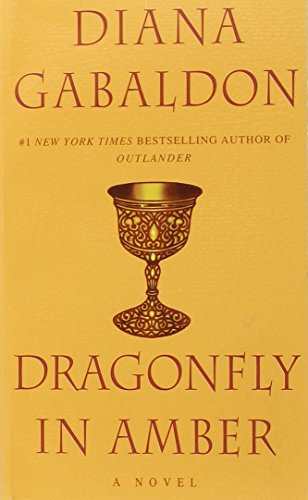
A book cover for Dragonfly in Amber (Outlander); Diana Gabaldon; Science Fiction & Fantasy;